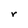
Character: r